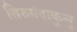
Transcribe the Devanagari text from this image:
तिरुमंदाकुन्नु